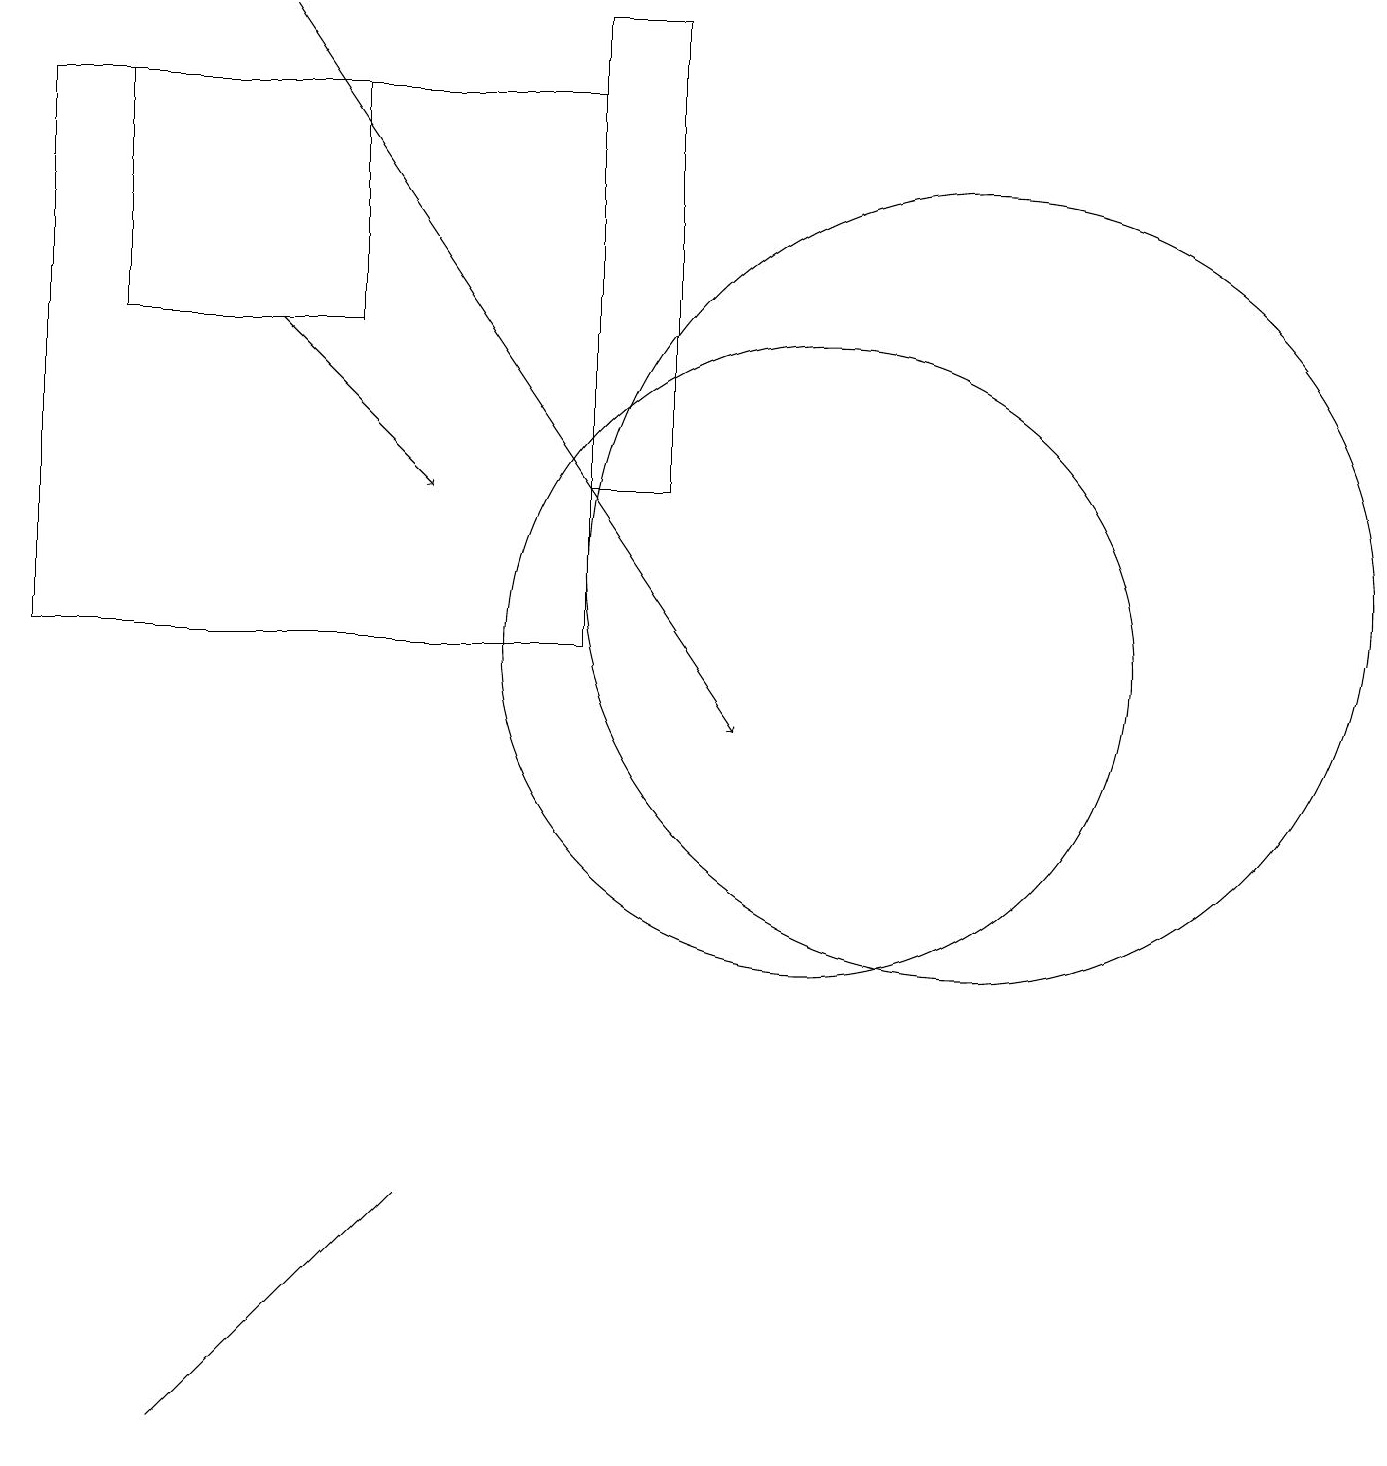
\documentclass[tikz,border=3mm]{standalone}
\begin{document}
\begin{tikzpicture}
\draw (4,15) rectangle (1,18);
\draw (0,11) rectangle (7,18);
\draw[->] (3,19) -- (9,10);
\draw (4,3) -- (5,4) -- (2,1) -- cycle;
\draw[->] (3,15) -- (5,13);
\draw (12,12) circle (5);
\draw (10,11) circle (4);
\draw (8,13) rectangle (7,19);
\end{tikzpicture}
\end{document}